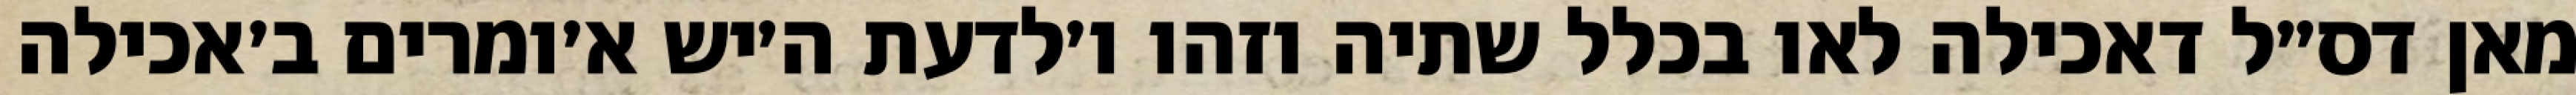
מאן דס״ל דאכילה לאו בכלל שתיה וזהו ו׳לדעת ה׳יש א׳ומרים ב׳אכילה